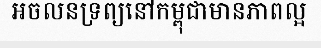
អចលនទ្រព្យនៅកម្ពុជាមានភាពល្អ